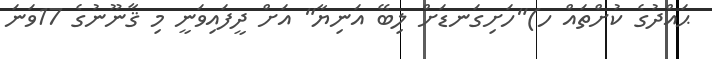
ޙައްދުގެ ކުށްތައް ހ)"ހަށިގަނޑަށް ލިބޭ އަނިޔާ" އަށް ދީފައިވަނީ މި ޤާނޫނުގެ 17ވަނަ